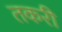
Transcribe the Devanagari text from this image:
तकरी